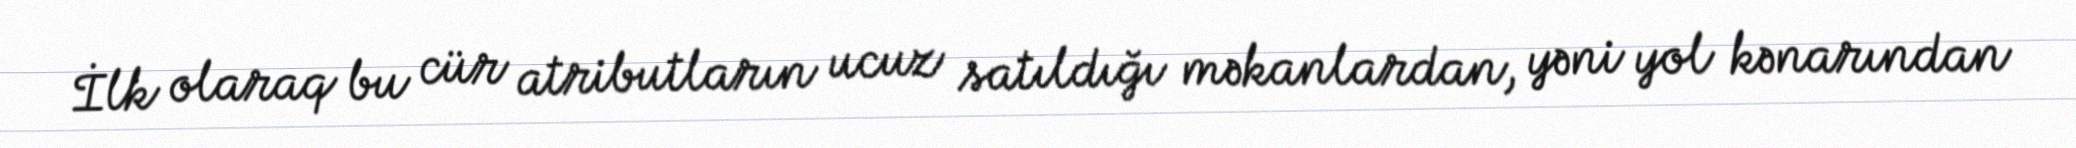
İlk olaraq bu cür atributların ucuz satıldığı məkanlardan, yəni yol kənarından